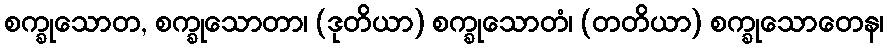
စက္ခုသောတ, စက္ခုသောတာ၊ (ဒုတိယာ) စက္ခုသောတံ၊ (တတိယာ) စက္ခုသောတေန၊